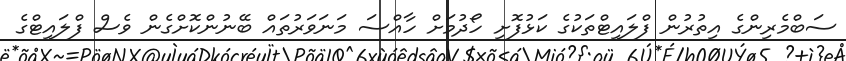
ސަބްމެރިންގެ އިތުރުން ފްލައިޓްތަކުގެ ކަޅުފޮށި ހޯދުމަށް ހާއްސަ މަނަވަރުތައް ބޭނުންކޮށްގެން ވެސް ފްލައިޓްގެ